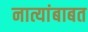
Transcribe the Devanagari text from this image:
नात्यांबाबत